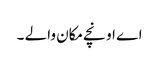
اے اونچے مکان والے ۔